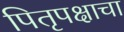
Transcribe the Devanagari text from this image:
पितृपक्षाचा